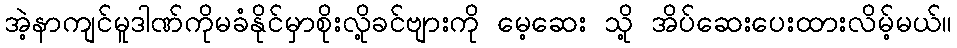
အဲ့နာကျင်မူဒါဏ်ကိုမခံနိုင်မှာစိုးလို့ခင်ဗျားကို မေ့ဆေး သို့ အိပ်ဆေးပေးထားလိမ့်မယ်။